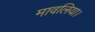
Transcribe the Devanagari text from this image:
मावलिया।